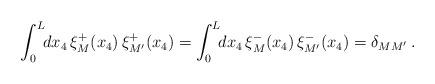
LaTeX: \begin{align*}\int_0^L \!\! dx_4\,\xi_M^+(x_4)\,\xi_{M'}^+(x_4) = \int_0^L \!\! dx_4\,\xi_M^-(x_4)\,\xi_{M'}^-(x_4) = \delta_{MM'} \,. \end{align*}